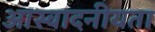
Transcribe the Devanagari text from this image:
आस्वादनीयता